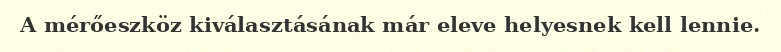
A mérőeszköz kiválasztásának már eleve helyesnek kell lennie.